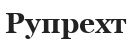
Рупрехт